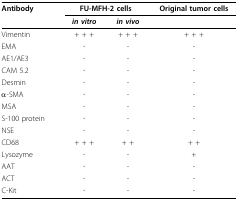
<table><thead><tr><td><b>Antibody</b></td><td colspan="2"><b>FU-MFH-2 cells</b></td><td><b>Original tumor cells</b></td></tr><tr><td></td><td><b><i>in vitro</i></b></td><td><b><i>in vivo</i></b></td><td></td></tr></thead><tbody><tr><td>Vimentin</td><td>+ + +</td><td>+ + +</td><td>+ + +</td></tr><tr><td>EMA</td><td>-</td><td>-</td><td>-</td></tr><tr><td>AE1/AE3</td><td>-</td><td>-</td><td>-</td></tr><tr><td>CAM 5.2</td><td>-</td><td>-</td><td>-</td></tr><tr><td>Desmin</td><td>-</td><td>-</td><td>-</td></tr><tr><td>α-SMA</td><td>-</td><td>-</td><td>-</td></tr><tr><td>MSA</td><td>-</td><td>-</td><td>-</td></tr><tr><td>S-100 protein</td><td>-</td><td>-</td><td>-</td></tr><tr><td>NSE</td><td>-</td><td>-</td><td>-</td></tr><tr><td>CD68</td><td>+ + +</td><td>+ +</td><td>+ +</td></tr><tr><td>Lysozyme</td><td>-</td><td>-</td><td>+</td></tr><tr><td>AAT</td><td>-</td><td>-</td><td>-</td></tr><tr><td>ACT</td><td>-</td><td>-</td><td>-</td></tr><tr><td>C-Kit</td><td>-</td><td>-</td><td>-</td></tr></tbody></table>